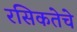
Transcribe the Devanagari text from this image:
रसिकतेचे